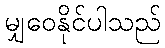
မျှဝေနိုင်ပါသည်